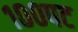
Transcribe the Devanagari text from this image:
१००पट